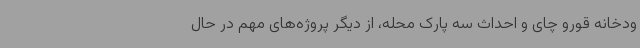
ودخانه قورو چای و احداث سه پارک محله، از دیگر پروژه‌های مهم در حال